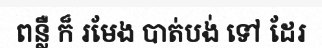
ពន្លឺ ក៏ រមែង បាត់បង់ ទៅ ដែរ